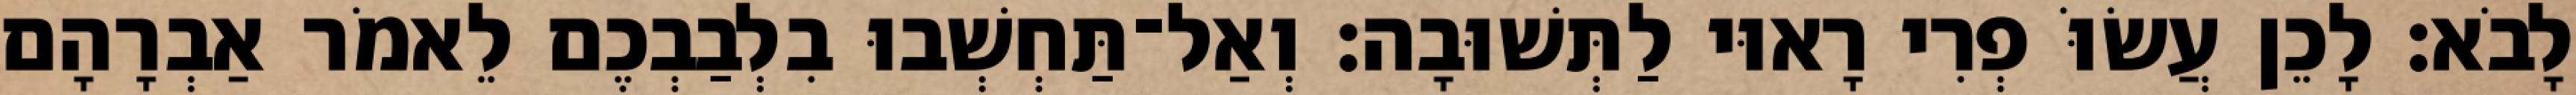
לָבֹא׃ לָכֵן עֲשׂוֹּ פְרִי רָאוּי לַתְּשׁוּבָה׃ וְאַל־תַּחְשְׁבוּ בִלְבַבְכֶם לֵאמֹר אַבְרָהָם